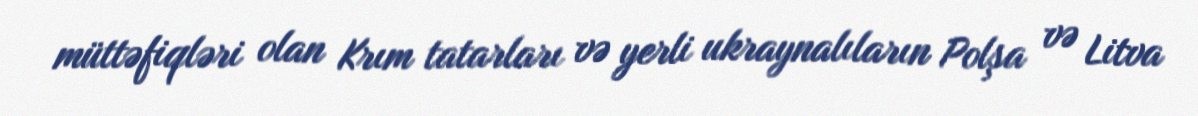
müttəfiqləri olan Krım tatarları və yerli ukraynalıların Polşa və Litva